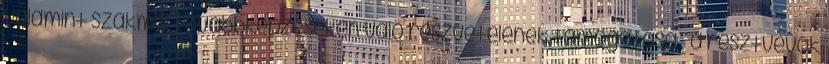
valamint szakmai továbbképzéseken való részvételének támogatása  a résztvevők